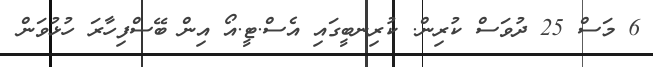
6 މަސް 25 ދުވަސް ކުރިން. ކުރިނބީގައި އެސް.ޓީ.އޯ އިން ބޭސްފިހާރަ ހުޅުވަން